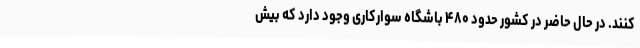
کنند. در حال حاضر در کشور حدود ۴۸۰ باشگاه سوارکاری وجود دارد که بیش